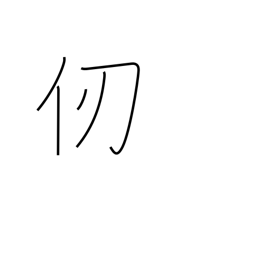
Meaning: fathom